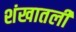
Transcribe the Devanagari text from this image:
शंखातली